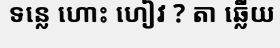
ទន្លេ ហោះ ហៀវ ? តា ឆ្លើយ